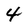
Character: 4